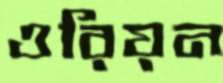
ওরিয়ন